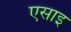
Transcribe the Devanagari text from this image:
एसाइ